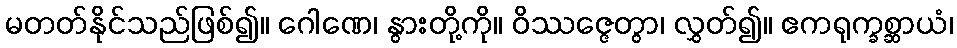
မတတ်နိုင်သည်ဖြစ်၍။ ဂေါဏေ၊ နွားတို့ကို။ ဝိဿဇ္ဇေတွာ၊ လွှတ်၍။ ဧကရုက္ခစ္ဆာယံ၊